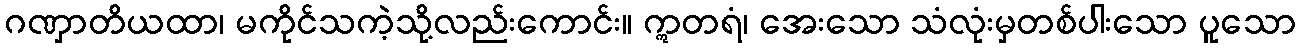
ဂဏှာတိယထာ၊ မကိုင်သကဲ့သို့လည်းကောင်း။ ဣတရံ၊ အေးသော သံလုံးမှတစ်ပါးသော ပူသော